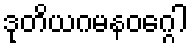
ဒုတိယဂမနဝဂ္ဂေါ